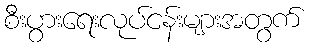
စီးပွားရေးလုပ်ငန်းများအတွက်